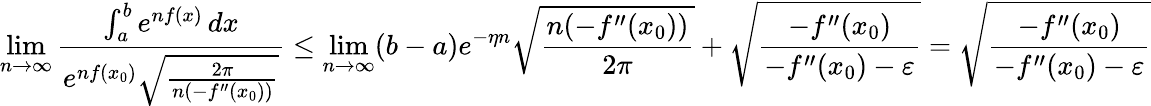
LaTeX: \operatorname*{lim}_{n\to\infty}{\frac{\int_{a}^{b}e^{nf(x)}\, dx}{e^{nf(x_{0})}{\sqrt{\frac{2\pi}{n(-f^{\prime\prime}(x_{0}))}}}}}\leq\operatorname*{lim}_{n\to\infty}(b-a)e^{-\eta n}{\sqrt{\frac{n(-f^{\prime\prime}(x_{0}))}{2\pi}}}+{\sqrt{\frac{-f^{\prime\prime}(x_{0})}{-f^{\prime\prime}(x_{0})-\varepsilon}}}={\sqrt{\frac{-f^{\prime\prime}(x_{0})}{-f^{\prime\prime}(x_{0})-\varepsilon}}}